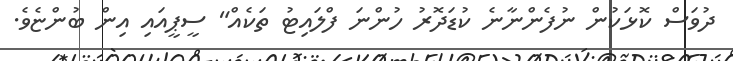
ދުވަސް ކޮޅަކުން ނުފެންނާނެ ކުޑަދޮރު ހުންނަ ފްލައިޓު ތަކެއް" ސީޕީއައި އިން ބުންޏެވެ.